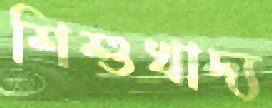
শিশুখাদ্য